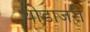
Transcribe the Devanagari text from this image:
थोडाजरी